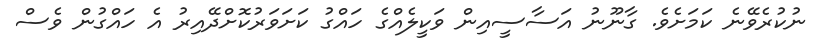
ނުކުރެވޭނެ ކަމަށެވެ. ގާނޫނު އަސާސީއިން ވަކީލެއްގެ ހައްގު ކަށަވަރުކޮށްދޭއިރު އެ ހައްގުން ވެސް